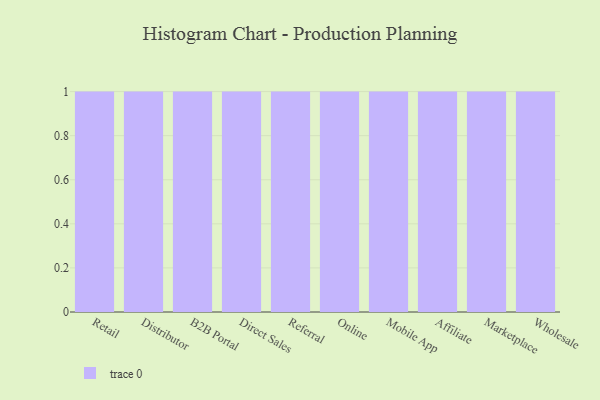
{"axis": {"x": "Channel", "y": "Latency (ms)"}, "legend": [""], "data": [{"x": "Retail", "y": 70, "type": ""}, {"x": "Distributor", "y": 10, "type": ""}, {"x": "B2B Portal", "y": 60, "type": ""}, {"x": "Direct Sales", "y": 84, "type": ""}, {"x": "Referral", "y": 86, "type": ""}, {"x": "Online", "y": 99, "type": ""}, {"x": "Mobile App", "y": 45, "type": ""}, {"x": "Affiliate", "y": 45, "type": ""}, {"x": "Marketplace", "y": 41, "type": ""}, {"x": "Wholesale", "y": 44, "type": ""}]}